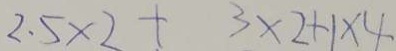
2 . 5 \times 2 + 3 \times 2 + 1 \times 4